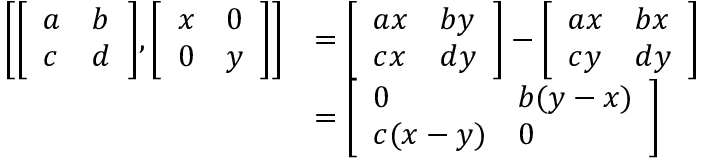
{ \begin{array} { r l } { \left[ { \left[ \begin{array} { l l } { a } & { b } \\ { c } & { d } \end{array} \right] } , { \left[ \begin{array} { l l } { x } & { 0 } \\ { 0 } & { y } \end{array} \right] } \right] } & { = { \left[ \begin{array} { l l } { a x } & { b y } \\ { c x } & { d y } \end{array} \right] } - { \left[ \begin{array} { l l } { a x } & { b x } \\ { c y } & { d y } \end{array} \right] } } \\ & { = { \left[ \begin{array} { l l } { 0 } & { b ( y - x ) } \\ { c ( x - y ) } & { 0 } \end{array} \right] } } \end{array} }